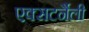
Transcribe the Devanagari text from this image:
एक्सटर्नैली